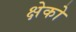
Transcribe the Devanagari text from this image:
क्षेको